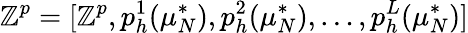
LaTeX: \mathbb{Z}^{p}=[\mathbb{Z}^{p},{p}_{h}^{1}(\mu_{N}^{*}),{p}_{h}^{2}(\mu_{N}^{*}),\dots,{p}_{h}^{L}(\mu_{N}^{*})]